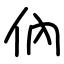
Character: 㐻